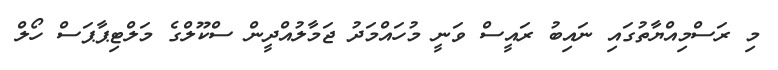
މި ރަސްމިއްޔާތުގައި ނައިބު ރައީސް ވަނީ މުހައްމަދު ޖަމާލުއްދީން ސްކޫލްގެ މަލްޓިޕާޕަސް ހޯލް